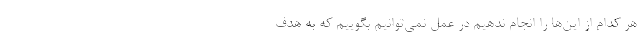
هر کدام از این‌ها را انجام ندهیم در عمل نمی‌توانیم بگوییم که به هدف